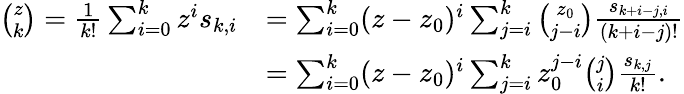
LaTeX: {\begin{array}{rl}{{\binom{z}{k}}={\frac{1}{k!}}\sum_{i=0}^{k}z^{i}s_{k,i}}&{=\sum_{i=0}^{k}(z-z_{0})^{i}\sum_{j=i}^{k}{\binom{z_{0}}{j-i}}{\frac{s_{k+i-j,i}}{(k+i-j)!}}}\\ &{=\sum_{i=0}^{k}(z-z_{0})^{i}\sum_{j=i}^{k}z_{0}^{j-i}{\binom{j}{i}}{\frac{s_{k,j}}{k!}}.}\end{array}}